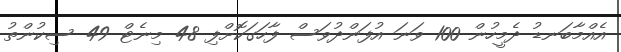
އެއްމާބަނޑު ދެމީހުން 100 ވަނަ އުފަންދުވަސް ފާހަގަކޮށްފި 48 މިނެޓް 49 ސިކުންތު